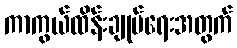
ကာကွယ်ထိန်းချုပ်ရေးအတွက်